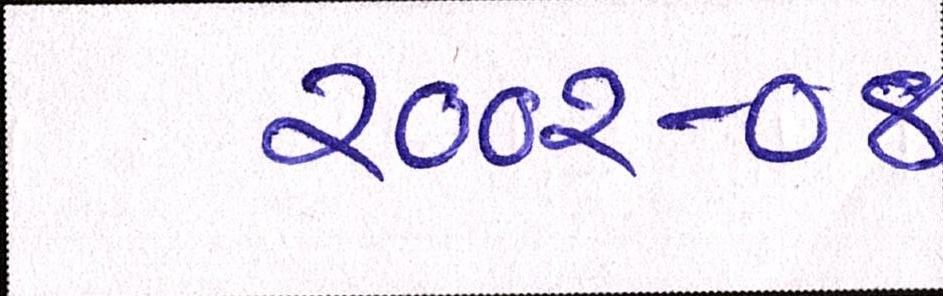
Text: ૨૦૦૨-૦૪